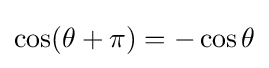
\cos(\theta +\pi )=-\cos \theta